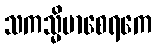
သကသ္မိမာစေရကေ